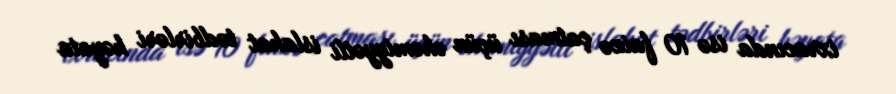
ixracında isə 10 faizə çatması üçün əhəmiyyətli islahat tədbirləri həyata